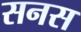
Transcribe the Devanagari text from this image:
सनस